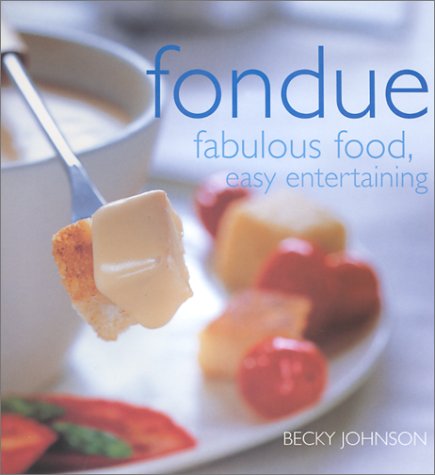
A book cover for Fondue; Becky Johnson; Cookbooks, Food & Wine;